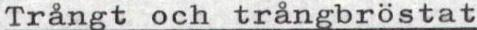
Trångt och trångbröstat